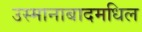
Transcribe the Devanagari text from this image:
उस्मानाबादमधिल